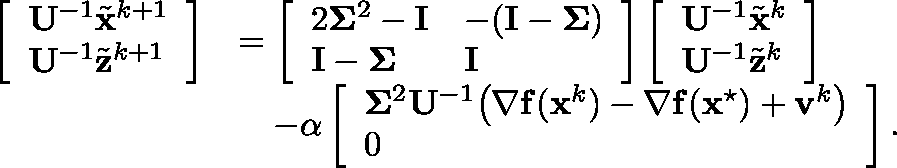
\begin{array} { r l } { \left[ \begin{array} { l } { { \mathbf { U } } ^ { - 1 } \tilde { { \mathbf { x } } } ^ { k + 1 } } \\ { { \mathbf { U } } ^ { - 1 } \tilde { { \mathbf { z } } } ^ { k + 1 } } \end{array} \right] } & { = \left[ \begin{array} { l l } { 2 \mathbf { \Sigma } ^ { 2 } - { \mathbf { I } } } & { - ( { \mathbf { I } } - \mathbf { \Sigma } ) } \\ { { \mathbf { I } } - \mathbf { \Sigma } } & { { \mathbf { I } } } \end{array} \right] \left[ \begin{array} { l } { { \mathbf { U } } ^ { - 1 } \tilde { { \mathbf { x } } } ^ { k } } \\ { { \mathbf { U } } ^ { - 1 } \tilde { { \mathbf { z } } } ^ { k } } \end{array} \right] } \\ & { \quad - \alpha \left[ \begin{array} { l } { \mathbf { \Sigma } ^ { 2 } { \mathbf { U } } ^ { - 1 } \big ( { \nabla } \mathbf { f } ( \mathbf { x } ^ { k } ) - { \nabla } { \mathbf { f } } ( { \mathbf { x } } ^ { \star } ) + { \mathbf { v } } ^ { k } \big ) } \\ { 0 } \end{array} \right] . } \end{array}